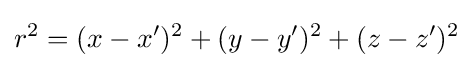
r^{2}=(x-x')^{2}+(y-y')^{2}+(z-z')^{2}